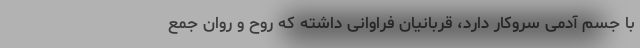
با جسم آدمی سروکار دارد، قربانیان فراوانی داشته که روح و روان جمع